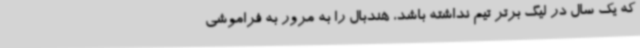
که یک سال در لیگ برتر تیم نداشته باشد، هندبال را به مرور به فراموشی